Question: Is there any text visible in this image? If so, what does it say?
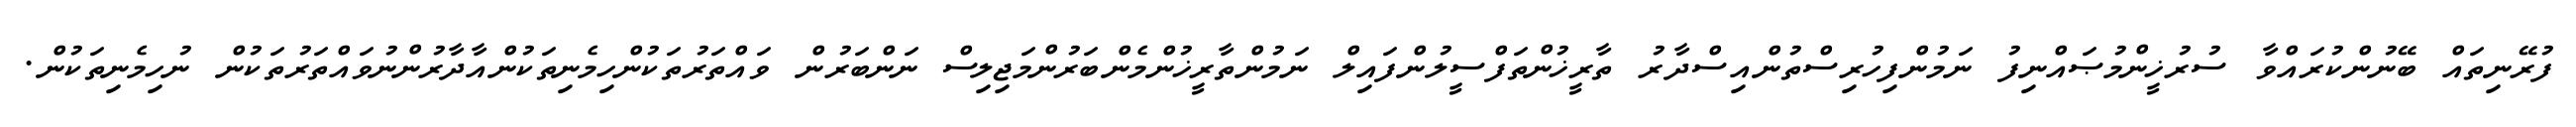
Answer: ފުރޭނިތައް ބޭނުންކުރައްވާ ސުރުޚީންމުޞައްނިފު ނަމުންފިހުރިސްތުންއިސްދާރު ތާރީޚުންތަފްސީލުންފައިލް ނަމުންތާރީޚުންމެންބަރުންމަޖިލިސް ނަންބަރުން ވައްތަރުތަކުންހިމެނިތަކުންއާދާރުންނުވައްތަރުތަކުން ނުހިމެނިތަކުން.